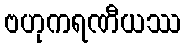
ဗဟုကရဏီယဿ